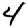
Digit: 4